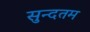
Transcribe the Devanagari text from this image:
सुन्दतम